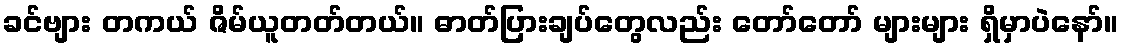
ခင်ဗျား တကယ် ဇိမ်ယူတတ်တယ်။ ဓာတ်ပြားချပ်တွေလည်း တော်တော် များများ ရှိမှာပဲနော်။